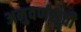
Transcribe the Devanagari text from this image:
अनुवर्णसूची